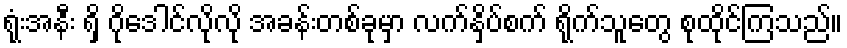
ရုံးအနီး ရှိ ဂိုဒေါင်လိုလို အခန်းတစ်ခုမှာ လက်နှိပ်စက် ရိုက်သူတွေ စုထိုင်ကြသည်။